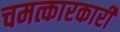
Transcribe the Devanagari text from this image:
चमत्कारकारी